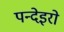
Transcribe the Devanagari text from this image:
पन्देइरो